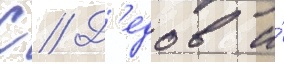
С // Д'едов и́